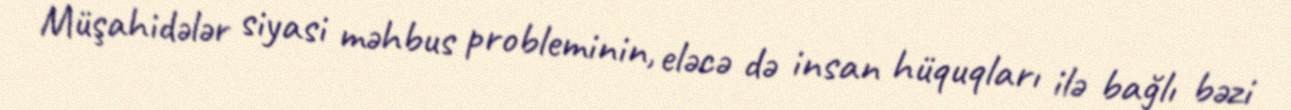
Müşahidələr siyasi məhbus probleminin, eləcə də insan hüquqları ilə bağlı bəzi